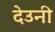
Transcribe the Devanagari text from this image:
देउनी